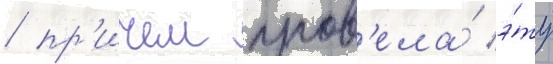
/ пр'ичем пров'ела́ э́ту